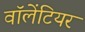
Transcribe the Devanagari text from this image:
वॉलेंटियर